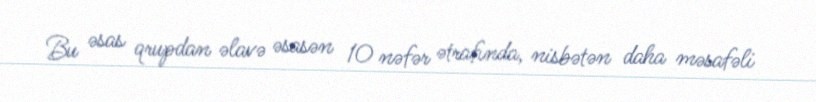
Bu əsas qrupdan əlavə əsasən 10 nəfər ətrafında, nisbətən daha məsafəli